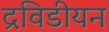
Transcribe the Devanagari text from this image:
द्रविडीयन